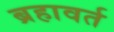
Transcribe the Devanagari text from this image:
ब्रहावर्त